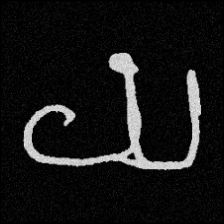
Pyu character \u2014 Myanmar letter: ယ (romanized: ya)